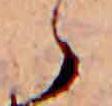
ゝ